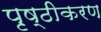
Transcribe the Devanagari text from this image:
पृष्ठीकरण